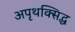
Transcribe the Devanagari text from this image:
अपृथक्सिद्ध